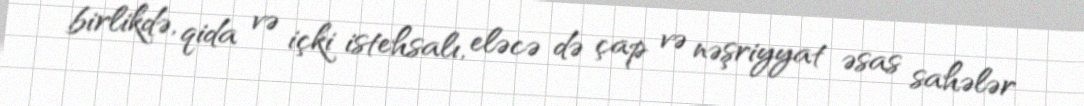
birlikdə, qida və içki istehsalı, eləcə də çap və nəşriyyat əsas sahələr